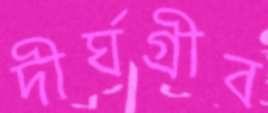
দীর্ঘগ্রীব